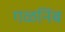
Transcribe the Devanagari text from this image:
गळनिंब